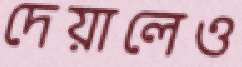
দেয়ালেও